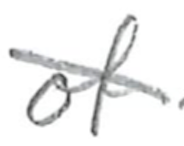
Text: of
Cross-out: mix
Writing tool: pencil